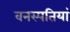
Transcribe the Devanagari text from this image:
वनस्‍पतियां